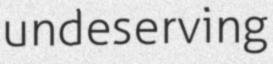
undeserving